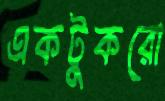
একটুকরো